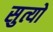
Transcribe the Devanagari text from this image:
सुत्यो